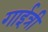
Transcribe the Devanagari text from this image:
गाईत्री